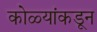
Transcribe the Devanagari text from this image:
कोळ्यांकडून